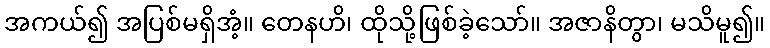
အကယ်၍ အပြစ်မရှိအံ့။ တေနဟိ၊ ထိုသို့ဖြစ်ခဲ့သော်။ အဇာနိတွာ၊ မသိမူ၍။